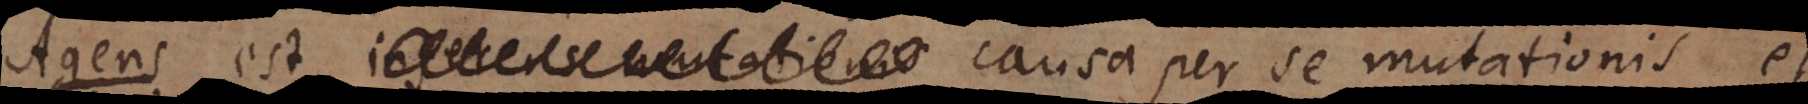
inferens mutationis causa per se mutationis et